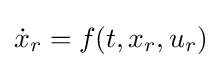
{\dot {x}}_{r}=f(t,x_{r},u_{r})